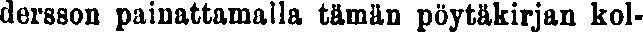
dersson painattamalla tämän pöytäkirjan kol-